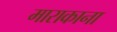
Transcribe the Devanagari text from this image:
माराकाना